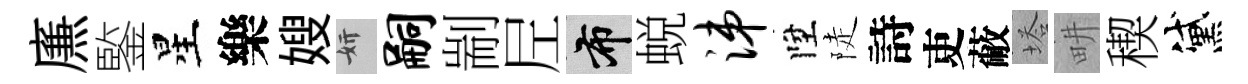
㢘鍳星樂嫂妍嗣剬𡰱布蜕涕陞陡詩吏蔽塔畊稧黛